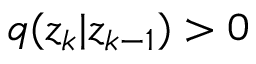
q ( z _ { k } | z _ { k - 1 } ) > 0